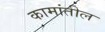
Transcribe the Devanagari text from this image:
कामांतील